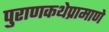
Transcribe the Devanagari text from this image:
पुराणकथेप्रामाणे